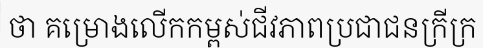
ថា គម្រោងលើកកម្ពស់ជីវភាពប្រជាជនក្រីក្រ